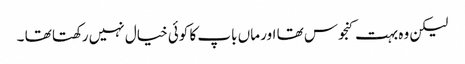
لیکن وہ بہت کنجوس تھا اور ماں باپ کا کوئی خیال نہیں رکھتا تھا ۔